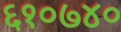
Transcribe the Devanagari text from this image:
६१०७४०